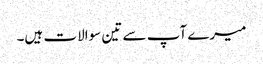
میرے آپ سے تین سوالات ہیں۔